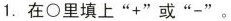
1.在○里填上”+”或”-”。